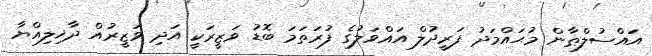
އައްސުލްޠާން މުޙައްމަދު ފަރީދުލް އައްވަލުގެ ފުރަތަމަ ބޮޑު ވަޒީރަކީ އަދި ވަޒީރުއް ދާޚިލިއްޔާ